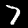
Digit: 7